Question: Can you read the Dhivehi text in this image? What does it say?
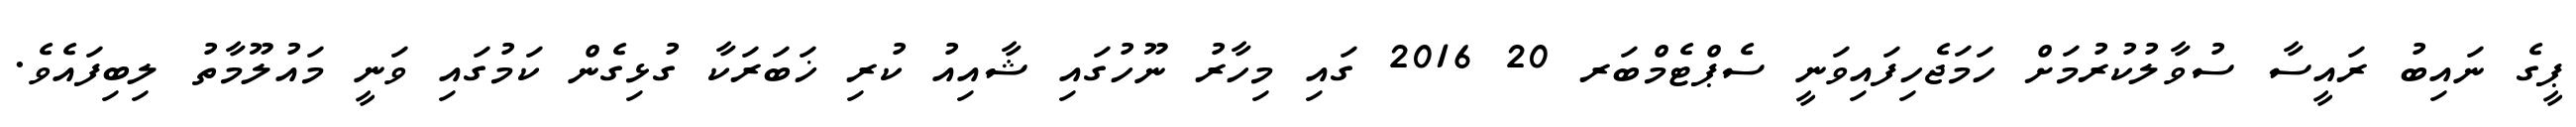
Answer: ޕީގެ ނައިބު ރައީސާ ސުވާލުކުރުމަށް ހަމަޖެހިފައިވަނީ ސެޕްޓެމްބަރ 20 2016 ގައި މިހާރު ނޫހުގައި ޝާއިއު ކުރި ޚަބަރަކާ ގުޅިގެން ކަމުގައި ވަނީ މައުލޫމާތު ލިބިފައެވެ.